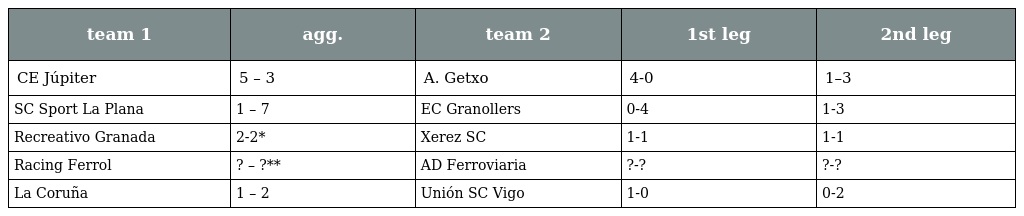
| team 1 | agg. | team 2 | 1st leg | 2nd leg |
 | --- | --- | --- | --- | --- |
 | CE Júpiter | 5 – 3 | A. Getxo | 4-0 | 1–3 |
 | SC Sport La Plana | 1 – 7 | EC Granollers | 0-4 | 1-3 |
 | Recreativo Granada | 2-2* | Xerez SC | 1-1 | 1-1 |
 | Racing Ferrol | ? – ?** | AD Ferroviaria | ?-? | ?-? |
 | La Coruña | 1 – 2 | Unión SC Vigo | 1-0 | 0-2 |